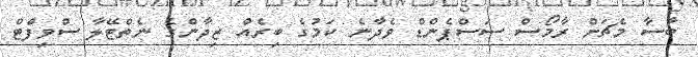
ބާސާ މެޗަށް ރާމޯސް ސަސްޕެންޑް ވެދާނެ ކަމުގެ ބިރެއް ޒިދާންގެ ނެތްޓޭލާ ސްވިފްޓް